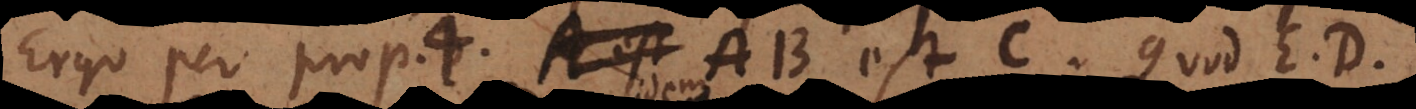
Ergo per prop. 4. AB est C. Quod E. D.